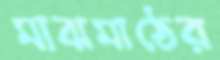
মাঝমাঠের